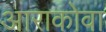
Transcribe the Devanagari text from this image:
आराकोवा